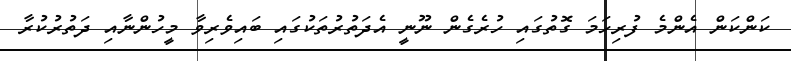
ކަންކަން އެންމެ ފުރިހަމަ ގޮތުގައި ހުރެގެން ނޫނީ އެދަތުރުތަކުގައި ބައިވެރިވާ މީހުންނާއި ދަތުރުކުރާ